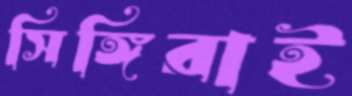
সিঙ্গিরাই